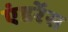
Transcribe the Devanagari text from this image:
एंडरेंस